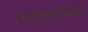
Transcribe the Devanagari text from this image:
कॉनशीअस